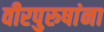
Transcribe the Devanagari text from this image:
वीरपुरुषांना